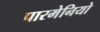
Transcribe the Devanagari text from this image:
पारमेनियो